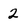
Character: 2